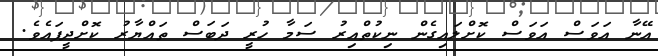
އޭނާ އަވަސް އަވަސް ކޮށްލައިގެން ނިކުތްއިރު ސަމާ ހުރީ ދަބަސް ތައްޔާރު ކޮށްދީފައެވެ.